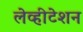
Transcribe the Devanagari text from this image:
लेव्हीटेशन